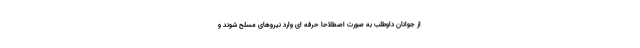
از جوانان داوطلب به صورت اصطلاحاً حرفه ای وارد نیروهای مسلح شوند و